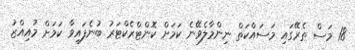
18 މަސް ތެރޭގައި މަސައްކަތް ނިންމާލެވޭނެ ކަމަށް ކޮންޓްރެކްޓަރު ބުނެފައިވާ ކަމަށް މުއިއްޒު